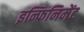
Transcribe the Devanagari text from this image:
इन्फिनिमेंट